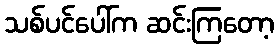
သစ်ပင်ပေါ်က ဆင်းကြတော့